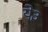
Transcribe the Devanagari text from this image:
ये३